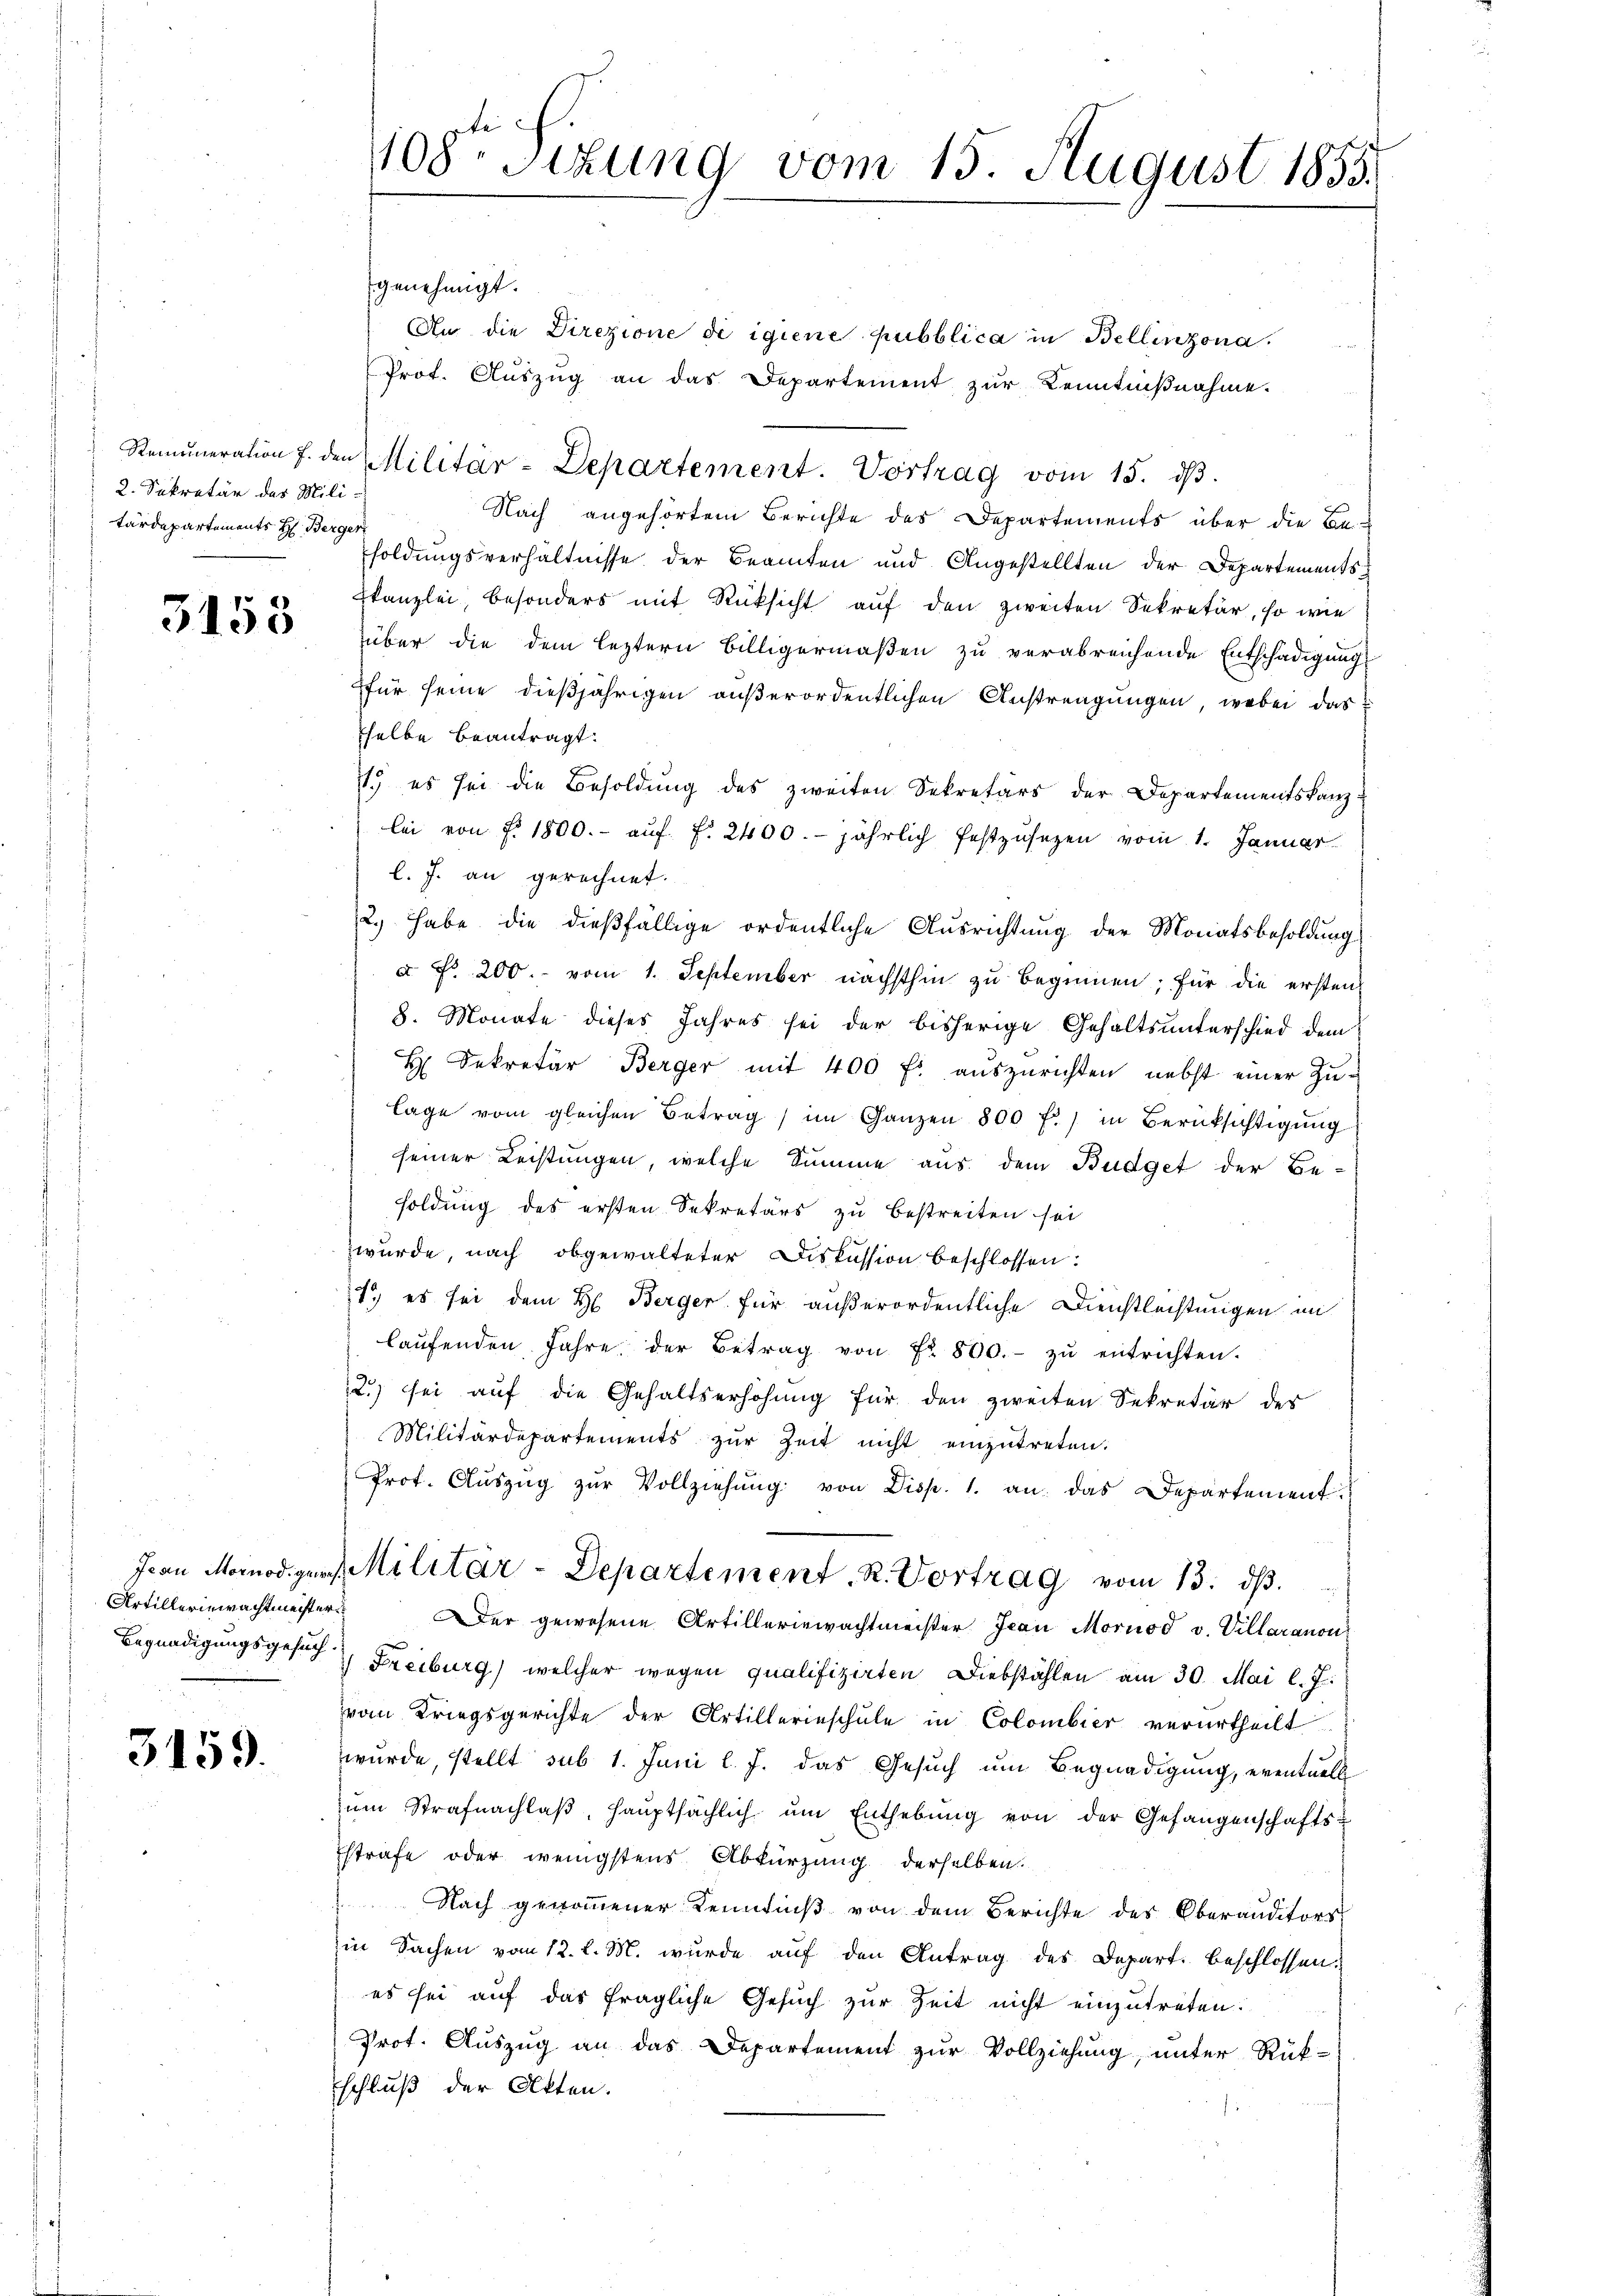
2. Sekretär des Mili-
tärdepartements H: Berger

3158

3159.

genehmigt.
An die Direzione di igiene pubblica in Bellinzona.
Prot. Aŭszŭg an das Departement zŭr Kenntniβnahme.
Nach angehörtem Berichte des Departements über die Be-
soldungsverhältnisse der Beamten und Angestellten der Departementskanzlei, besonders mit Rüksicht auf den zweiten Sekretär, so wie
über die dem leztern Billigermaßen zu verabreichende Entschädigung
für seine dießjährigen außerordentlichen Anstrengungen, wobei das
selbe beantragt.
11.) es sei die Besoldung des zweiten Sekretärs der Departementskanzlei von §. 1800.- aŭf f. 2400. jährlich festzusetzen vom 1. Januar
l. J. an gerechnet.
2.) Habe die dießfällige ordentliche Ausrichtung der Monatsbesoldung
a Fr. 200. vom 1. September nächsthin zu beginnen; für die ersten
8. Monate dieses Jahres sei der bisherige Gehaltsunterschied dem
H Dekretär Berger mit 400 fl auszurichten nebst einer Zulage vom gleichen Betrag im Ganzen 800 f.) in Berücksichtigŭng
seiner Leistungen, welche Summe aus dem Budget der Be-
soldung des ersten Sekretärs zu bestreiten sei
wurde, nach obgewalteter Diskussion beschlossen:
1) es sei dem H. Berger für außerordentliche Dienstleistungen im
laŭfenden Jahre der Betrag von Fr. 800.- zŭ entrichten.
2.) sei auf die Gehaltserhöhung für den zweiten Sekretär der
Militärdepartements zŭr Zeit nicht einzŭtreten.
Prot. Aŭszŭg zŭr Vollziehŭng von Disp. 1. an das Departement
Jean Morodiger Militär-Departement. R. Vortrag vom 13. dβ.
Artilleriewachtmeister er gewesene Artilleriewachtmeister Jean Mornod v. Villaranon
Begnadigungsgesuch Freiburg) welcher wegen qualifizirten Diebstählen am 30. Mai l. J.
vom Kriegsgerichte der Artillerinschule in Colombier verurtheilt
wurde, stellt sub 1. Juni l. J. das Gesuch um Begnadigung, eventuell
ŭm Strafnachlaβ, Haŭptsächlich ŭm Enthebŭng von der Gefangenschafts-
Estrafe oder wenigstens Abkürzung derselben.
Nach genommener Kenntniß von dem Berichte des Oberauditors
in Sachen vom 12. l. M. wurde auf den Antrag des Depart. beschlossen,
es sei auf das fragliche Gesuch zur Zeit nicht einzutreten.
Prot. Aŭszŭg an das Departement zŭr Vollziehung, unter Rück-
schluß der Akten.

108. Sitzung vom 15. August 1855.

Remuneration f. den Militär-Departement. Vortrag vom 15. dβ.